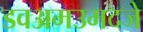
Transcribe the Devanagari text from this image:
डवअमउमदजे